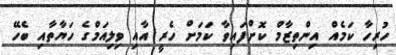
ހުރިހާ ކަމެއް އިންތިޒާމް ކޮށްފައިވާ ކަމަށް ހެރީ އާއި ވިލިއަމްގެ ހަޔާތާއި ބެހޭ